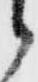
郎